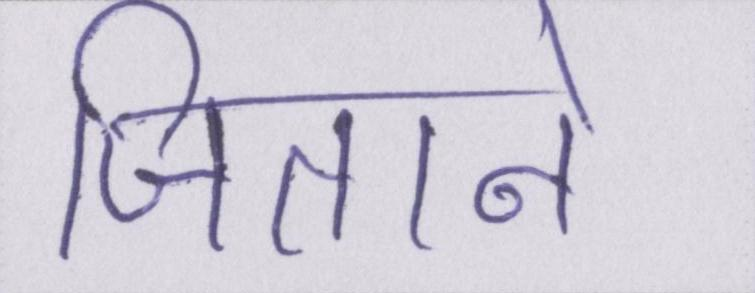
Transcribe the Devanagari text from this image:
जिताने